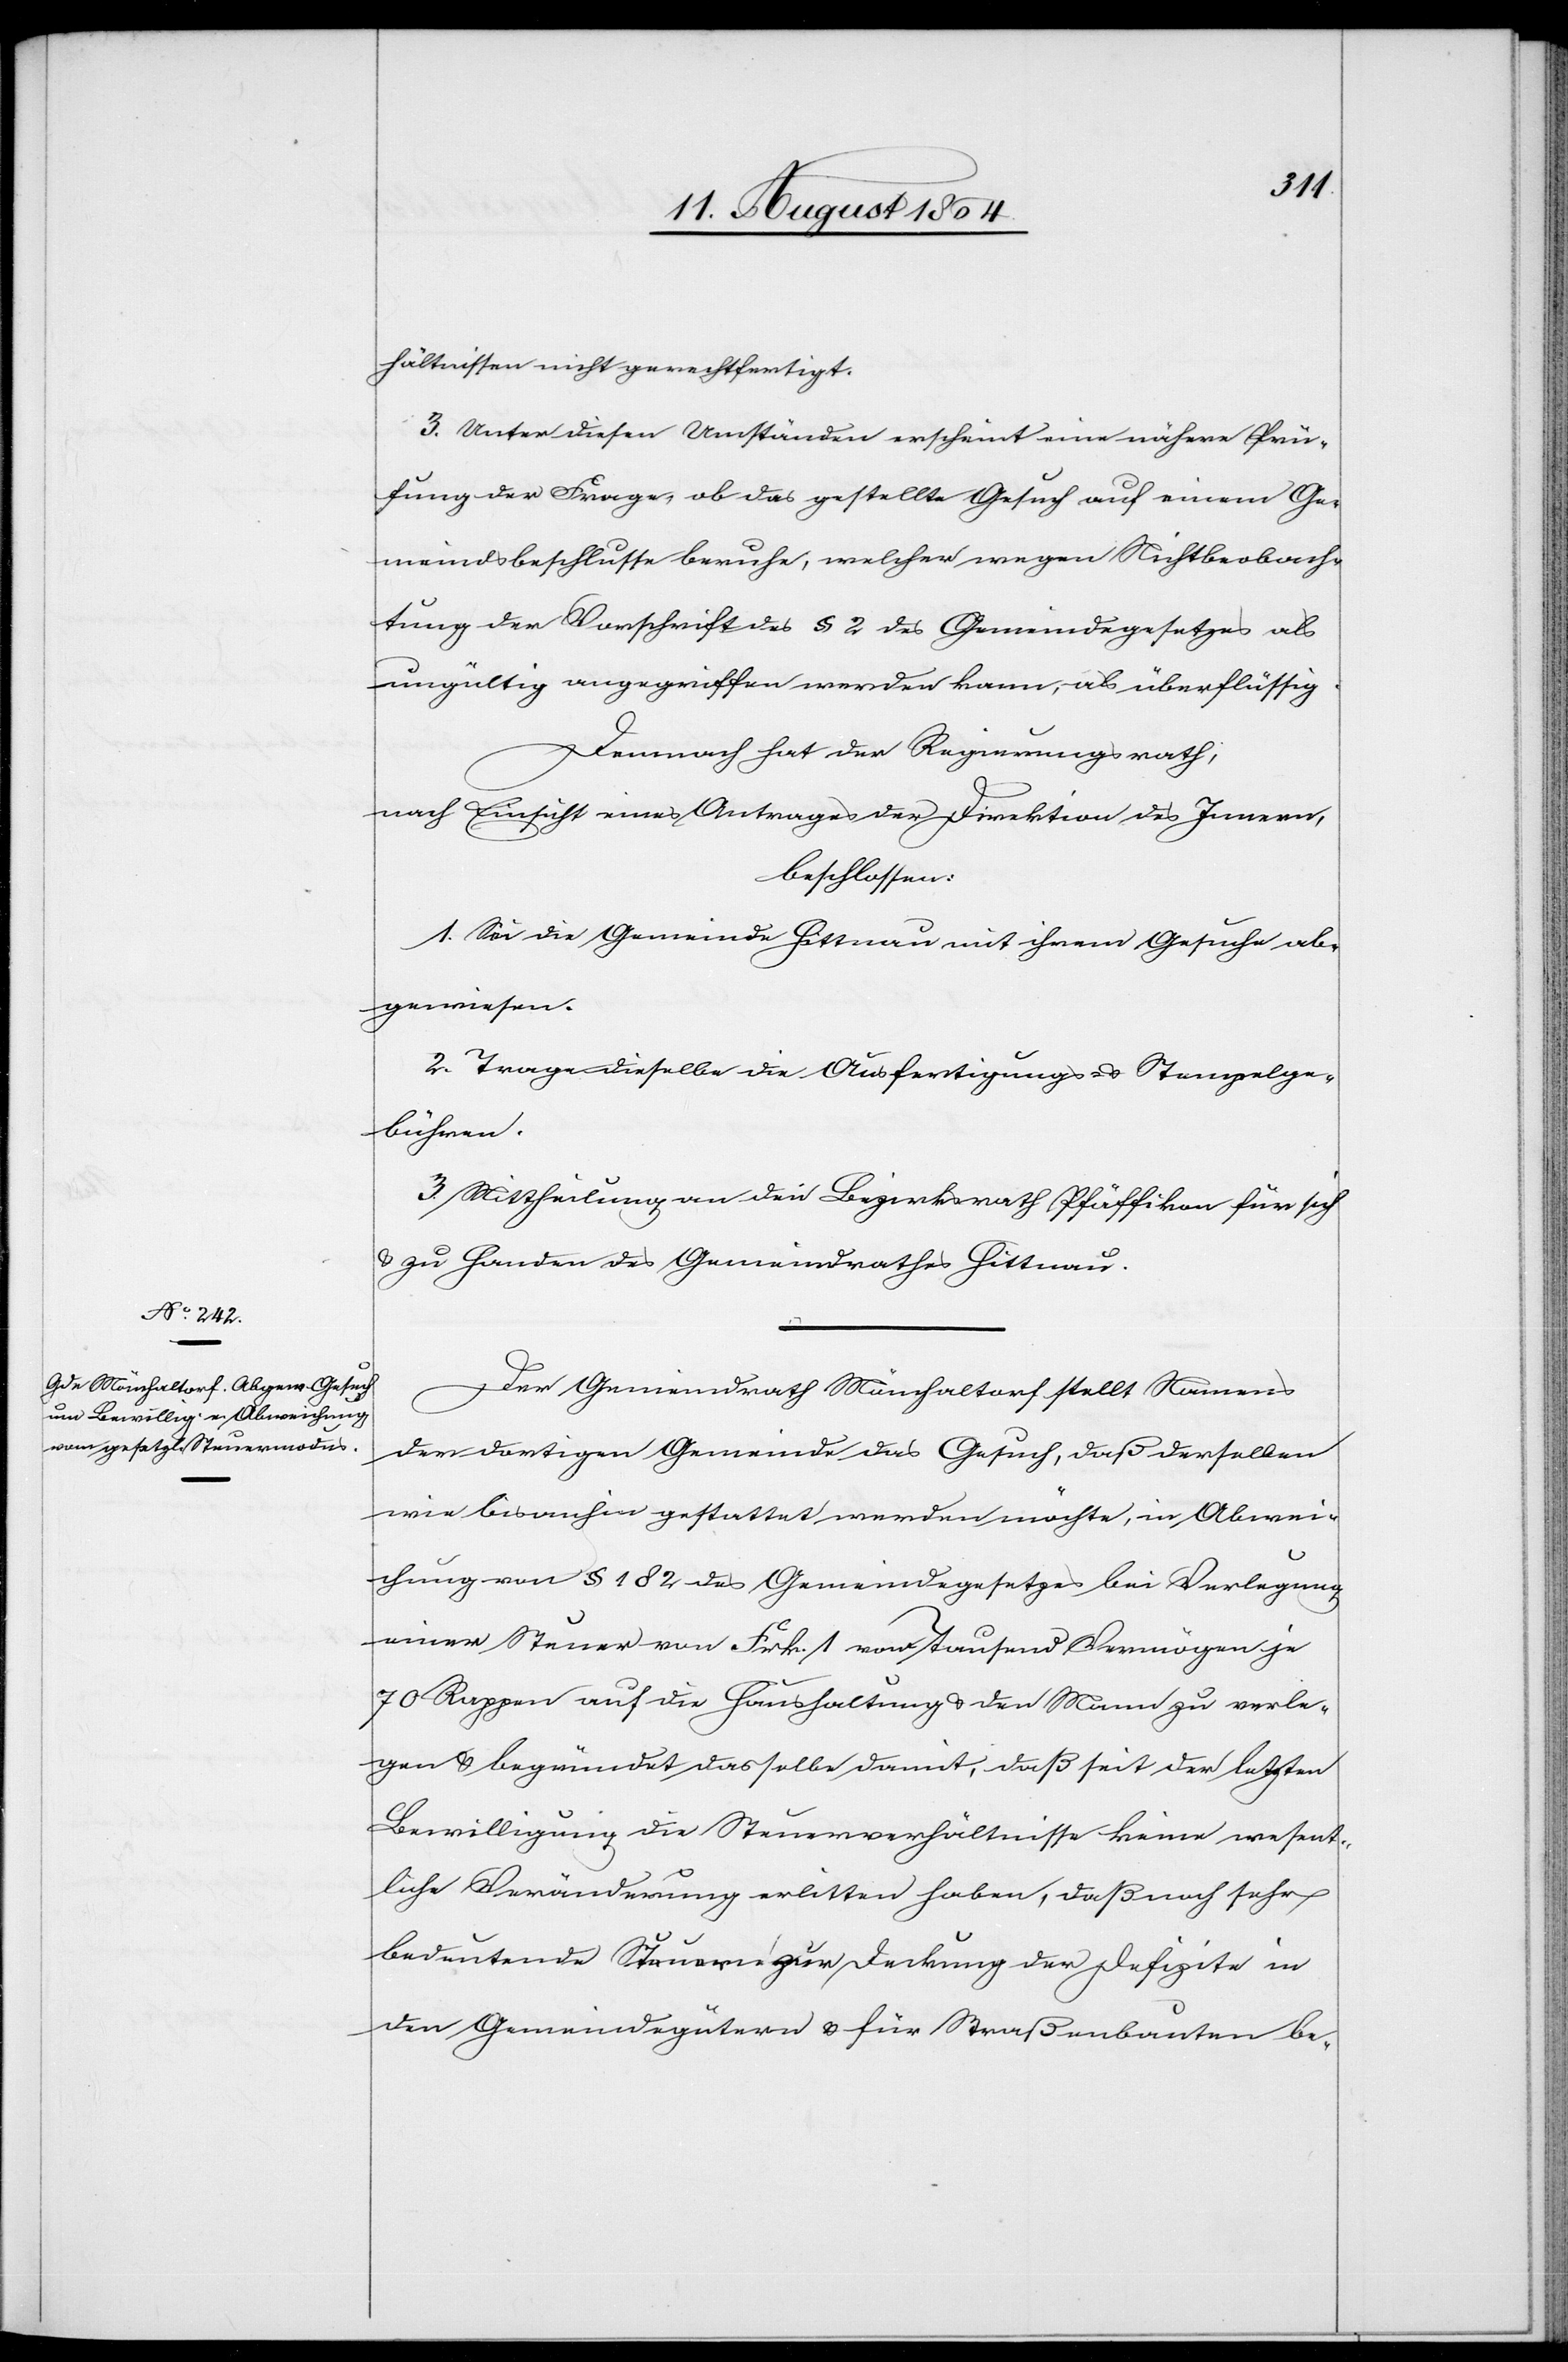
hältnissen nicht gerechtfertigt.
3. Unter diesen Umständen erscheint eine nähere Prü¬
fung der Frage, ob das gestellte Gesuch auf einem Ge¬
meindsbeschlusse beruhe, welcher wegen Nichtbeach¬
tung der Vorschriften des § 2 des Gemeindegesetzes als
ungültig angegriffen werden kann, als überflüssig.
Demnach hat der Regierungsrath,
nach Einsicht eines Antrages der Direktion des Innern,
beschlossen:
1. Sei die Gemeinde Hittnau mit ihrem Gesuche ab¬
gewiesen.
2. Trage dieselbe die Ausfertigungs- & Stempelge¬
bühren.
3. Mittheilung an den Bezirksrath Pfäffikon für sich
& zu Handen des Gemeindrathes Hittnau.
Der Gemeindrath Mönchaltorf stellt Namens
der dortigen Gemeinde das Gesuch, daß derselben
wie bis anhin gestattet werden möchte, in Abwei¬
chung von § 182 des Gemeindegesetzes bei Verlegung
einer Steuer von Frk. 1 von tausend Vermögen je
70 Rappen auf die Haushaltung & den Mann zu verle¬
gen & begründet dasselbe damit, daß seit der letzten
Bewilligung die Steuerverhältnisse keine wesent¬
liche Veränderung erlitten haben, daß noch sehr
bedeutende Steuern zur Deckung der Defizite in
den Gemeindegütern & für Straßenbauten be-